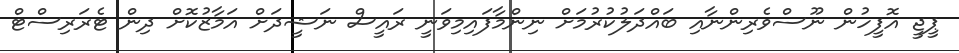
ޕީޖީ އޮފީހުން ނޫސްވެރިންނާއި ބައްދަލުކުރުމަށް ނިންމާފައިމިވަނީ ރައީސް ނަޝީދަށް އަމާޒުކޮށް ދިން ޓެރަރިސްޓް